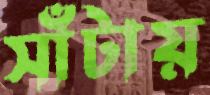
সাঁটায়